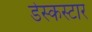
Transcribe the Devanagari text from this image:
डेस्कस्टार